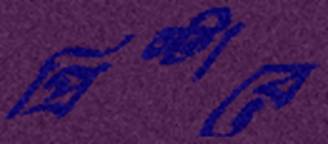
প্রিন্টারে